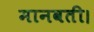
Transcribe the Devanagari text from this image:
मानवती।